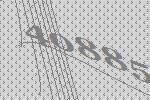
40885